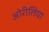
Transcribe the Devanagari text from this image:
ओरीलिया